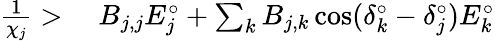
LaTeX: \begin{array}{rl}{\frac{1}{\chi_{j}}>\; }&{{}B_{j,j}E_{j}^{\circ}+\sum_{k}B_{j,k}\cos(\delta_{k}^{\circ}-\delta_{j}^{\circ})E_{k}^{\circ}}\end{array}